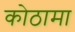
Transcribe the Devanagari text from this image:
कोठामा